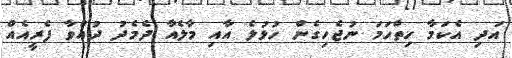
އަދި އެކަމާ ހިތްހަމަ ނުޖެހިގެން ހުޅުލެ އާއި މާލެއާ ދެމެދު ދުއްވާ ފެރީއެއް